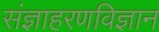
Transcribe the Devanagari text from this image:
संज्ञाहरणविज्ञान